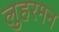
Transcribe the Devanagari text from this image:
लुहरमन